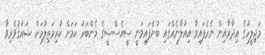
މަޖިލީހުގެ އިދާރާއިން ނެރެފައިވާ އިއުލާނެއްގައި ބުނެފައިވަނީ ސީއެސްސީގެ މެންބަރު ކަމަށް ކުރިމަތިލުމަށް ޝައުޤުވެރިވާ